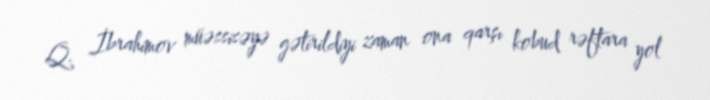
Q. İbrahimov müəssisəyə gətirildiyi zaman ona qarşı kobud rəftara yol